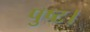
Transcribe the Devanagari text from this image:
पुष्ट।